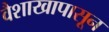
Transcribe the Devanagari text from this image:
वैशाखापासून